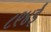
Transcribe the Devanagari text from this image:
८९४ई